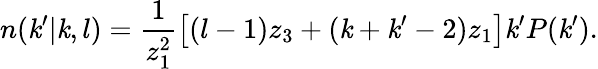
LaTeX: n(\mathit{k}^{\prime}|\mathit{k},l)=\frac{{1}}{{z_{1}^{2}}}\left[(l-1)z_{3}+(\mathit{k}+\mathit{k}^{\prime}-2)z_{1}\right]\mathit{k}^{\prime}P(\mathit{k}^{\prime}).